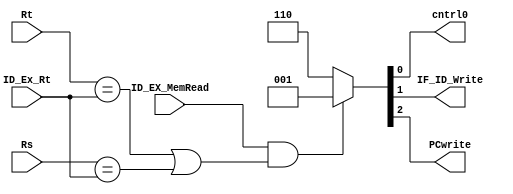
module HazardUnit(ID_EX_MemRead, ID_Ex_Rt, Rs, Rt, cntrl0, IF_ID_Write, PCwrite);
	input ID_EX_MemRead;
	input [4:0] ID_Ex_Rt, Rs, Rt;
	output reg cntrl0, IF_ID_Write, PCwrite;
	
	always @ (ID_EX_MemRead, Rt, ID_Ex_Rt, Rs) begin
		if(ID_EX_MemRead & ((Rt == ID_Ex_Rt) | (Rs == ID_Ex_Rt)))
			{PCwrite, IF_ID_Write, cntrl0} = 3'b001;
		else
			{PCwrite, IF_ID_Write, cntrl0} = 3'b110;
	end
endmodule